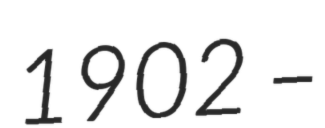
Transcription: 1902 –